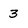
Character: 3